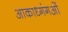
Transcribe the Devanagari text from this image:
आकाध्गंगओं